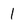
Character: 1